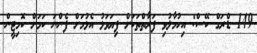
149 ޑްރަގް ކޭސް: އިހުމާލުވި ފަރާތްތަކަށް ފިޔަވަޅު އެޅުމަށް ފެންނަ ކަމަށް ކޮމިޓީން